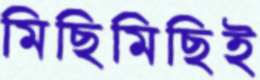
মিছিমিছিই